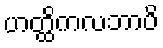
ဟတ္ထိကလဘာပိ